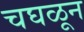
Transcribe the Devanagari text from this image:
चघळून